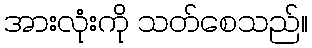
အားလုံးကို သတ်စေသည်။